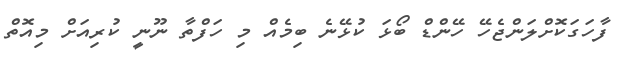
ފާހަގަކޮށްލަންޖެހޭ ހޭންޑް ބޯޅަ ކުޅޭނެ ބިމެއް މި ހަފްތާ ނޫނީ ކުރިއަށް މިއޮތް